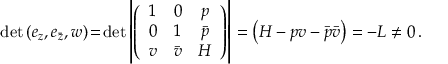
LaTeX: \operatorname * { d e t } { ( e _ { z } , e _ { \bar { z } } , w ) } \! = \! \operatorname * { d e t } \left| \left( \begin{array} { c c c } { { 1 } } & { { 0 } } & { { p } } \\ { { 0 } } & { { 1 } } & { { \bar { p } } } \\ { { v } } & { { \bar { v } } } & { { { \cal H } } } \end{array} \right) \right| = \left( { \cal H } - p v - \bar { p } \bar { v } \right) = - { \cal L } \neq 0 \, .